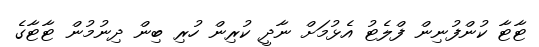
ޓާޓާ ކުންފުނިން ފްލެޓު އެޅުމަށް ނާދީ ކުރިން ހުރި ބިން ދިނުމުން ޓާޓާގެ